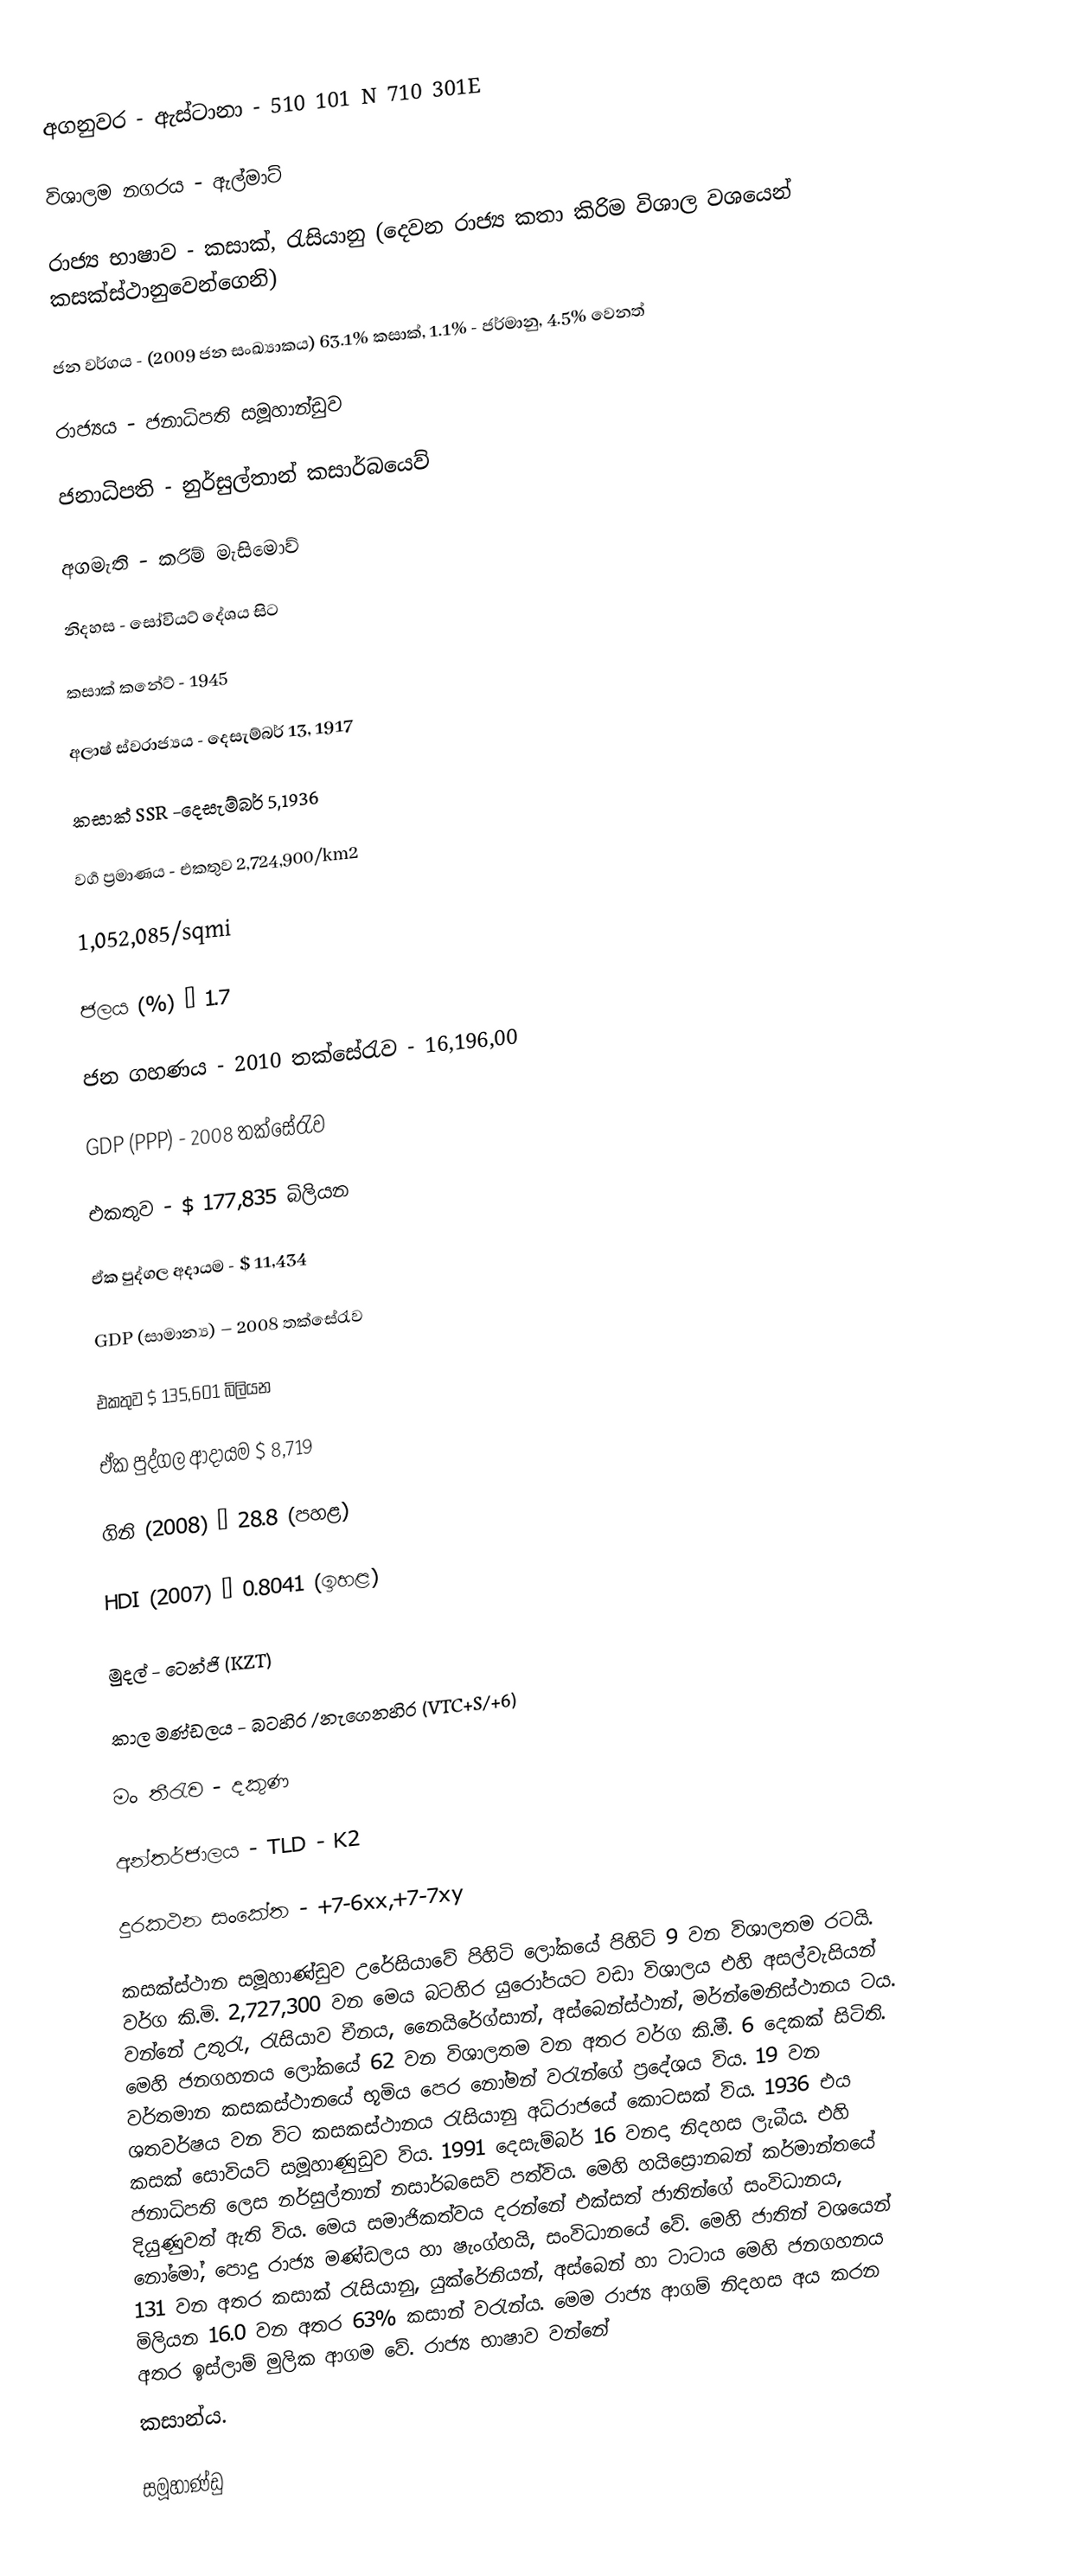
අගනුවර - ඇස්ටානා -  510 101 N 710 301E

විශාලම නගරය - ඇල්මාට්

රාජ්‍ය භාෂාව - කසාක්, රැසියානු (දෙවන රාජ්‍ය කතා කිරිම විශාල වශයෙන් කසක්ස්ථානුවෙන්ගෙනි)

ජන වර්ගය - (2009 ජන සංඛ්‍යාකය) 63.1% කසාක්, 1.1% - ජර්මානු, 4.5% වෙනත්

රාජ්‍යය - ‍ජනාධිපති ‍සමූහාන්ඩුව

ජනාධිපති - නුර්සුල්තාන් කසාර්බයෙව්

අගමැති - කරිම් මැසිමොව්

නිදහස - සෝවියට් දේශය ‍සිට

කසාක් කනේට් - 1945

අලාෂ් ස්වරාජ්‍යය - දෙසැම්බර් 13, 1917

කසාක් SSR -දෙසැම්බර් 5,1936

වර්‍ග ප්‍රමාණය - එකතුව 2,724,900/km2

1,052,085/sqmi

ජලය (%) – 1.7

ජන ගහණය - 2010 තක්සේරැව - 16,196,00

GDP (PPP) - 	2008 තක්සේරැව

එකතුව	-	$ 177,835 බිලියන

ඒක පුද්ගල අදායම - $ 11,434

GDP  (සාමාන්‍ය) – 2008 තක්සේරැව

එකතුව $ 135,601 බිලියන

ඒක පුද්ගල ආදායම $ 8,719

ගිනි (2008) – 28.8 (පහළ)

HDI  (2007) – 0.8041 (ඉහළ)

මුදල් - ටෙන්ජි (KZT)

කාල මණ්ඩලය - බටහිර /‍නැගෙනහිර (VTC+S/+6)

මං තීරැව	-	දකුණ

අන්තර්ජාලය -	TLD	-	K2

දුරකථන සංකේත -	+7-6xx,+7-7xy

කසක්ස්ථාන සමූහාණ්ඩුව උරේසියාවේ පිහිටි ‍ලෝකයේ පිහිටි 9 වන විශාලතම රටයි. වර්ග කි.මි. 2,727,300 වන මෙය බටහිර යුරෝපයට වඩා විශාලය එහි අසල්වැසියන් වන්නේ උතුරැ, රැසියාව චීනය, නෛයිරේග්සාන්, අස්බෙන්ස්ථාන්, මර්න්මෙනිස්ථානය ටය. මෙහි ජනගහනය ලෝකයේ 62 වන විශාලතම වන අතර වර්ග කි.මී. 6 දෙකක් සිටිති. වර්තමාන කසකස්ථානයේ භූමිය පෙර නෝමන් වරැන්ගේ ප්‍රදේශය විය. 19 වන ශතවර්ෂය වන විට කසකස්ථානය රැසියානු අධිරාජයේ කොටසක් විය. 1936 එය කසක් සොවියට් සමූහාණුඩුව  විය. 1991 දෙසැම්බර් 16 වනදා නිදහස ලැබීය. එහි ජනාධිපති ලෙස නර්සුල්තාන් නසාර්බසෙව්  පත්විය. මෙහි හයිස්‍රොනබන් කර්මාන්තයේ දියුණුවත් ඇති විය. මෙය සමාජිකත්වය දරන්නේ එක්සත් ජාතින්ගේ සංවිධානය, නෝමෝ, පොදු රාජ්‍ය මණ්ඩලය හා ෂැංග්හයි,  සංවිධානයේ වේ. මෙහි ජාතින් වශයෙන් 131 වන අතර කසාක් රැසියානු, යුක්රේනියන්, අස්බෙන් හා  ටාටාය  මෙහි ජනගහනය මිලියන 16.0 වන අතර  63%  කසාන් වරැන්ය. මෙම රාජ්‍ය ආගම් නිදහස අය කරන අතර ඉස්ලාම් මුලික ආගම  වේ. රාජ්‍ය භාෂාව වන්නේ
කසාන්ය.

සමූහාණ්ඩු